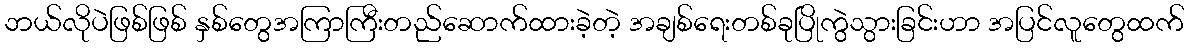
ဘယ်လိုပဲဖြစ်ဖြစ် နှစ်တွေအကြာကြီးတည်ဆောက်ထားခဲ့တဲ့ အချစ်ရေးတစ်ခုပြိုကွဲသွားခြင်းဟာ အပြင်လူတွေထက်